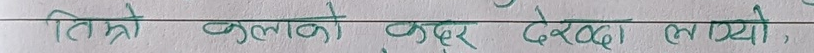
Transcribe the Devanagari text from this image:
तिम्रो कलाको कदर देख्दा लाग्यो,